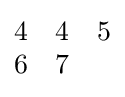
{\begin{matrix}4&4&5\\6&7\end{matrix}}